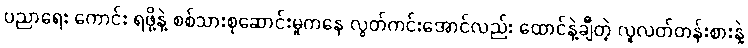
ပညာရေး ကောင်း ရဖို့နဲ့ စစ်သားစုဆောင်းမှုကနေ လွတ်ကင်းအောင်လည်း ထောင်နဲ့ချီတဲ့ လူလတ်တန်းစားနဲ့